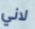
لاني